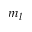
m _ { l }